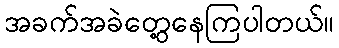
အခက်အခဲတွေ့နေကြပါတယ်။